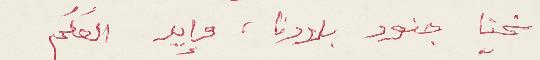
نحنا جنود بلادنا، وإيد العَلَم